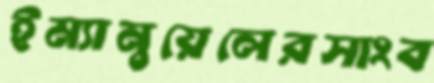
ইম্যানুয়েলেরসাংব